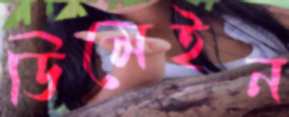
ডিমেইন